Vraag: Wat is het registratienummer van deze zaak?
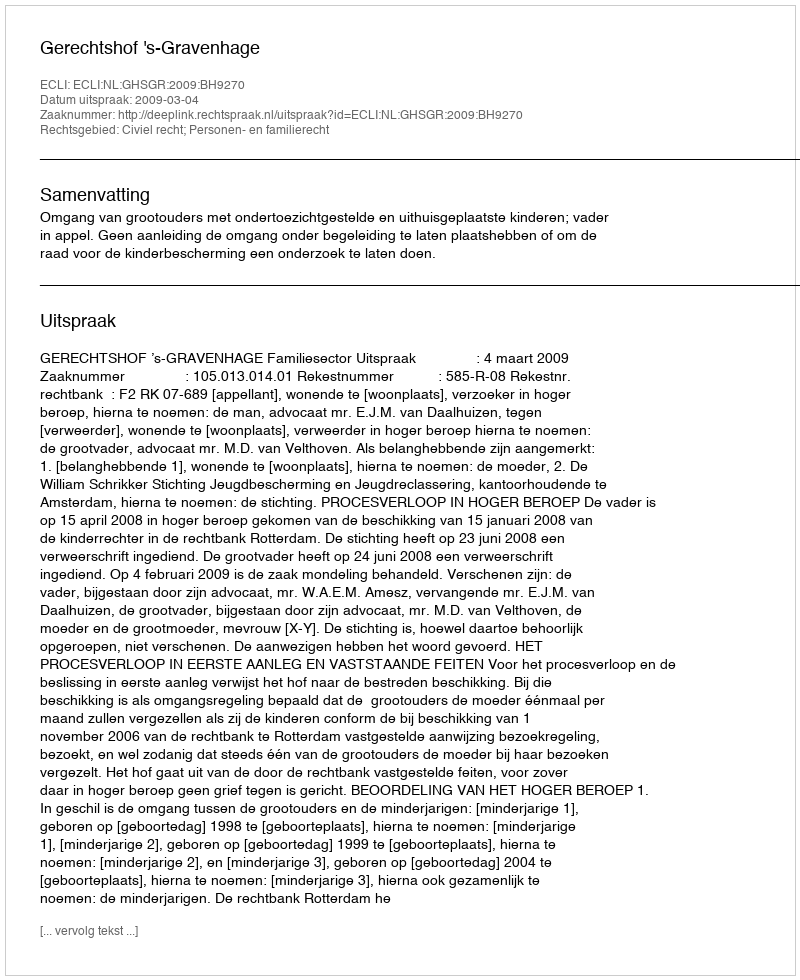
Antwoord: http://deeplink.rechtspraak.nl/uitspraak?id=ECLI:NL:GHSGR:2009:BH9270